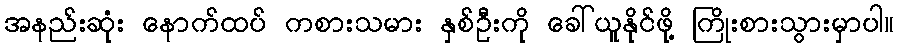
အနည်းဆုံး နောက်ထပ် ကစားသမား နှစ်ဦးကို ခေါ်ယူနိုင်ဖို့ ကြိုးစားသွားမှာပါ။